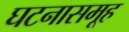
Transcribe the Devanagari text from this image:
घटनासमूह